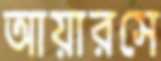
আয়ারসে